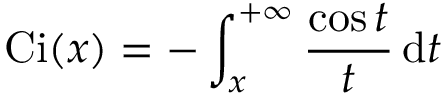
\operatorname { C i } ( x ) = - \int _ { x } ^ { + \infty } \frac { \cos t } { t } \, \mathrm { d } t